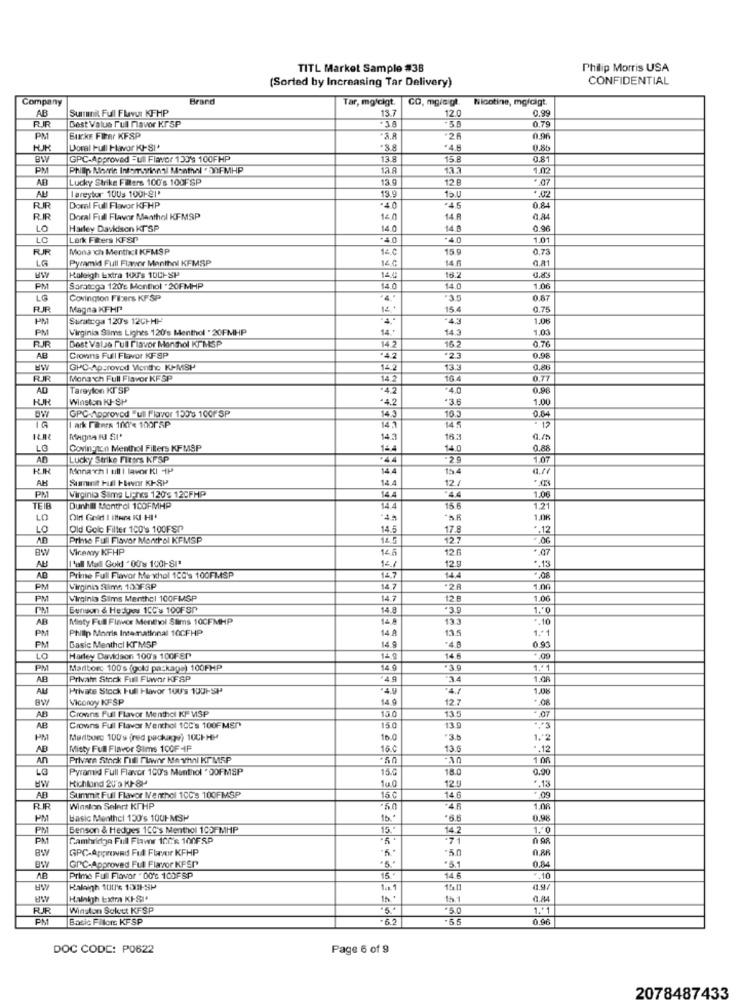
TITL Market Sample #38
Philip Morris USA
(Sorted by Increasing Tar Delivery)
CONFIDENTIAL
Company
Brand
Tar, molcigt.
CO, mgic gt.
Nicotine, mg/Gigt.
AB
Surranit Full Flavor KFHP
0.99
RR
Best Value Full Mavor KPSP
13.7
12.0
0.79
PM
Bucks Fiber KFSP
-26
0.96
Doral Full Flavor KI-SI+
*3.8
0.85
BW
GPC-Approved =Ull Flavor 139's 100FHP
13.8
15.8
0.81
PM
Philip Morris Infomuyinnsl Menthal . DOFMHP
12. A
13.
1.02
AR
Lucky Strike Filters 100's 100FSP
13.9
12 B
19.9
I areytor 10Us 1001-91'
Doral Full Flavor KFHP
40
.45
0.84
RIR
Doral Full Flavor Maathol KFMSP
14.0
14.A
0.84
LO
Harley Davidson KT"SP
14.0
0.96
LC
Lark Fibers KFSP
.40
.4.0
1.01
RJR
Mona ch MenthI KFMSP
14 ¢
15
0.73
LG
Pyramid Full Flavor Menthol KFMSP
14.0
14.6
Kaleigh Extra 100's 10CHSP
16.2
PN
Saratoga 120's Menthol .20FMHP
14.0
14.0
1.06
LG
Covington Filters KF SP
4.'
.3.5
0.67
Magna KFHP
14 .
15.4
0.75
PM
Saratoga 120's 12CHHH
4.
-4.3
1.06
PM
Virginia Sims Lights 120's Menthol . 20FMHP
14.
14.3
1.03
Best Vale Full Flavor Menthol KIMSP
0.76
14.2
16.2
AB
Crowns Full Flavor KF SP
42
23
0.98
GHO-Approved Mentho KJ-MSP
14.2
13.3
0,86
RUR
Monarch Full Flavor KF SP
14.2
104
0.77
Tareylon KTSP
.4.2
.40
0.96
KUR
Winston KJ-SP
4.2
*3.6
1.00
GPC-Approved "ull Flavor 150's 100F SP
14.3
0.64
- 12
ark Panes 100'< 100PSP
14.
145
14.3
163
0./
LO
Covin-non Menthol Fillers KFMSP
16.4
14.0
G.a
AD
Lucky Strike Fiters KFSP
.44
1.07
Mona chi ull | lavor KI 4P
154
AH
Summit Fal tBevor KI-SP
14:4
12.4
PM
14.4
Virginia Sama Li-hes 1206 12CFHP
.44
1.06
Dunhil Montrel 100FMHP
14.4
15.6
1.21
LO
1.08
LO
Old Golc Filter 100's 100FSP
14.5
17.8
.. 12
AR
Primo Full Flavor Monthol KFMSP
12.7
Bw
Viremy KIFHP
14.5
12.6
T'aall Masll Gold "00's 1001-81'
14.7
AB
12.9
.. 13
Prime Full Flavor Me whol 100's 100FMSP
14.7
14.4
PM
Virginio Sims 100FSP
14.7
1.00
PN
Virginia Sims Menthol 100FMSP
14 7
12 8
1.06
Benson & Hedges 150's 100F SP
14.8
1.50
AB
Minty Full Flavor Menthol Slims 100FMHP
14 A
133
.. 10
PM
Philip Morris Intematinnal 10CFHP
14.A
13.5
1.º1
PM
Basic Menthcl KTMSP
14.4
-48
0.93
LO
Harley Davidson 100's 100FEP
14.6
PM
Mariborc 100's (gold package) 100PHP
14.0
1.+1
AB
Private Stock Fulll Flwnr KFSP
3.4
1.0F
AU
Private Stock Full Flavor 1OU's 1001-5P
4.7
1.08
BW
Vicomoy KFSP
14.9
12.7
AB
Crowns Full Flavor Menthol KF MSP
15.0
- 07
13.5
AB
Crowns Full Flavor Menthol 10C's 100FMSP
150
13.9
PM
Marlboro 100's fred package) 10CHHP
16.0
*3.8
1.2
AB
Misty Full Flavor Sims 100F 4F
15.0
13.5
.. 12
An
Privaen Stock mill riwhe Me vhnl Kr MSP
1 .08
LG
Pyramid Full Flavor 100's Monthol "OOFMSP
15.0
18.0
0.00
BW
10.0
12.9
* 13
Kichland 20'9 KJ- &P
* 09
AB
Summit Full Flavor Menthol 10C's 100FMSP
15 ℃
Uy.
14 6
RIR
Winston Selert KTHP
46
1.06
PM
basic Menthel 130's 1001-MSP
0.98
PM
Benson & Hedges 1CC's Menthol 105-MHP
15.
4.2
1.+0
PM
Cambridge Full Flaww 10CR 100FSP
.y.
BW
GPC-Approved Full Flavor KFHP
-50
GPC-Approved Full Flavor KFSP
0.84
BW
15.
AB
Prime Full Flavor . 00℃ 100FSP
14 6
- 10
Kaleigh 100's 13Ek-SP
Halnigh Extra KI-SI.
0.84
RR
Winston Soloet KFSP
*5.0
1 .* 1
Basic Fillers KFSP
.6.2
0.96
DOC CODE: P0622
Page 6 of 9
2078487433